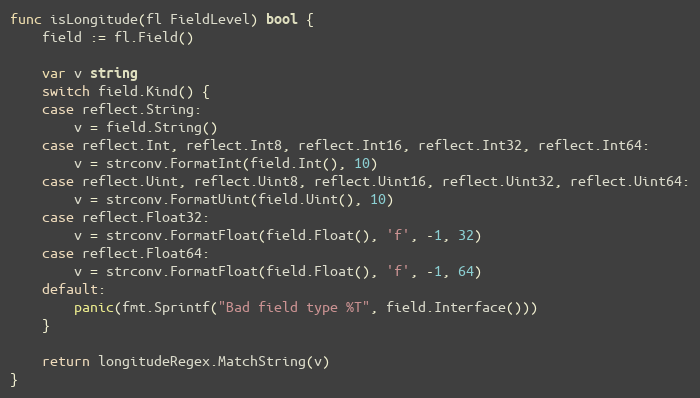
Language: Go
func isLongitude(fl FieldLevel) bool {
	field := fl.Field()

	var v string
	switch field.Kind() {
	case reflect.String:
		v = field.String()
	case reflect.Int, reflect.Int8, reflect.Int16, reflect.Int32, reflect.Int64:
		v = strconv.FormatInt(field.Int(), 10)
	case reflect.Uint, reflect.Uint8, reflect.Uint16, reflect.Uint32, reflect.Uint64:
		v = strconv.FormatUint(field.Uint(), 10)
	case reflect.Float32:
		v = strconv.FormatFloat(field.Float(), 'f', -1, 32)
	case reflect.Float64:
		v = strconv.FormatFloat(field.Float(), 'f', -1, 64)
	default:
		panic(fmt.Sprintf("Bad field type %T", field.Interface()))
	}

	return longitudeRegex.MatchString(v)
}